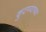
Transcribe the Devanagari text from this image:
कुटण्याच्या